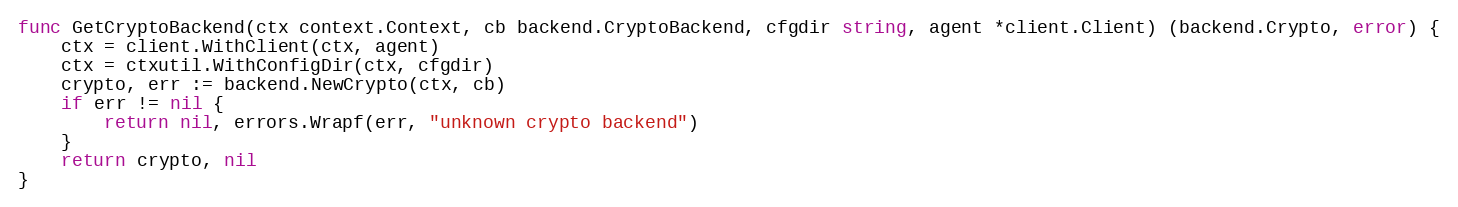
Language: Go
func GetCryptoBackend(ctx context.Context, cb backend.CryptoBackend, cfgdir string, agent *client.Client) (backend.Crypto, error) {
	ctx = client.WithClient(ctx, agent)
	ctx = ctxutil.WithConfigDir(ctx, cfgdir)
	crypto, err := backend.NewCrypto(ctx, cb)
	if err != nil {
		return nil, errors.Wrapf(err, "unknown crypto backend")
	}
	return crypto, nil
}